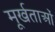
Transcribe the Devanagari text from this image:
मूर्खताओं